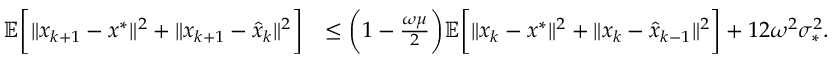
\begin{array} { r l } { \mathbb { E } \bigg [ \| x _ { k + 1 } - x ^ { * } \| ^ { 2 } + \| x _ { k + 1 } - \hat { x } _ { k } \| ^ { 2 } \bigg ] } & { \leq \bigg ( 1 - \frac { \omega \mu } { 2 } \bigg ) \mathbb { E } \bigg [ \| x _ { k } - x ^ { * } \| ^ { 2 } + \| x _ { k } - \hat { x } _ { k - 1 } \| ^ { 2 } \bigg ] + 1 2 \omega ^ { 2 } \sigma _ { * } ^ { 2 } . } \end{array}